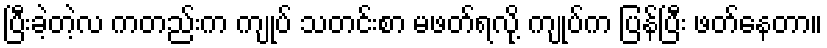
ပြီးခဲ့တဲ့လ ကတည်းက ကျုပ် သတင်းစာ မဖတ်ရလို့ ကျုပ်က ပြန်ပြီး ဖတ်နေတာ။